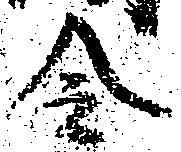
令